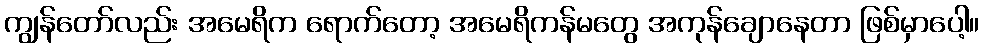
ကျွန်တော်လည်း အမေရိက ရောက်တော့ အမေရိကန်မတွေ အကုန်ချောနေတာ ဖြစ်မှာပေါ့။